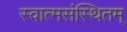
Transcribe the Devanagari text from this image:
स्वात्मसंस्थितम्